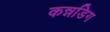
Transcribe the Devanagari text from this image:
कन्नडिग